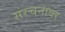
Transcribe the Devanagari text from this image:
संरचनावर